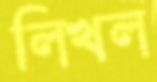
লিখল